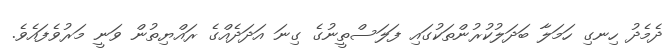
ދެމެދު ހިނގި ހަމަލާ ބަދަލުކުރުންތަކުގައި ފަލަސްތީނުގެ ގިނަ އަދަދެއްގެ ރައްޔިތުން ވަނީ މަރުވެފައެވެ.